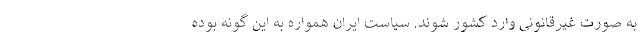
به صورت غیرقانونی وارد کشور شوند. سیاست ایران همواره به این گونه بوده